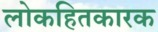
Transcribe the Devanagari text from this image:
लोकहितकारक